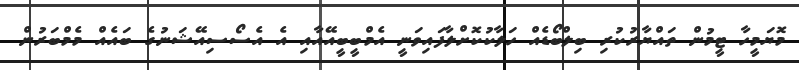
މޮޔަމީހާ ޓީމުން ތައްޔާރުކުރި ބިލްބޯޑެއް ހަލާކުކޮށްލާފައިވަނީ އެމްބީބީއޭއާއި އެ އެސޯސިއޭޝަނުގެ ބައެއް މެމްބަރުން